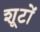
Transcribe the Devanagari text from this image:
शूटों